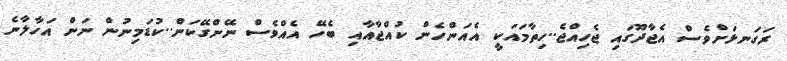
ރަގަނޅަށްވެސް އެޖާދޫގައި ޖެހިއްޖެ..ހިތާމައަކީ އެއަންހެން ކުއްޖާއާއި ބެހޭ އެއްވެސް ނޭންގޭކަން..ކުޑަމިނުން ނަން އަހާލާނެ